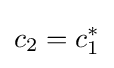
c_{2}=c_{1}^{*}